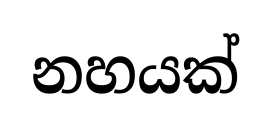
නහයක්